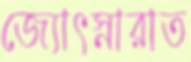
জ্যোৎস্নারাত